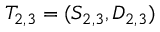
T _ { 2 , 3 } = ( S _ { 2 , 3 } , D _ { 2 , 3 } )